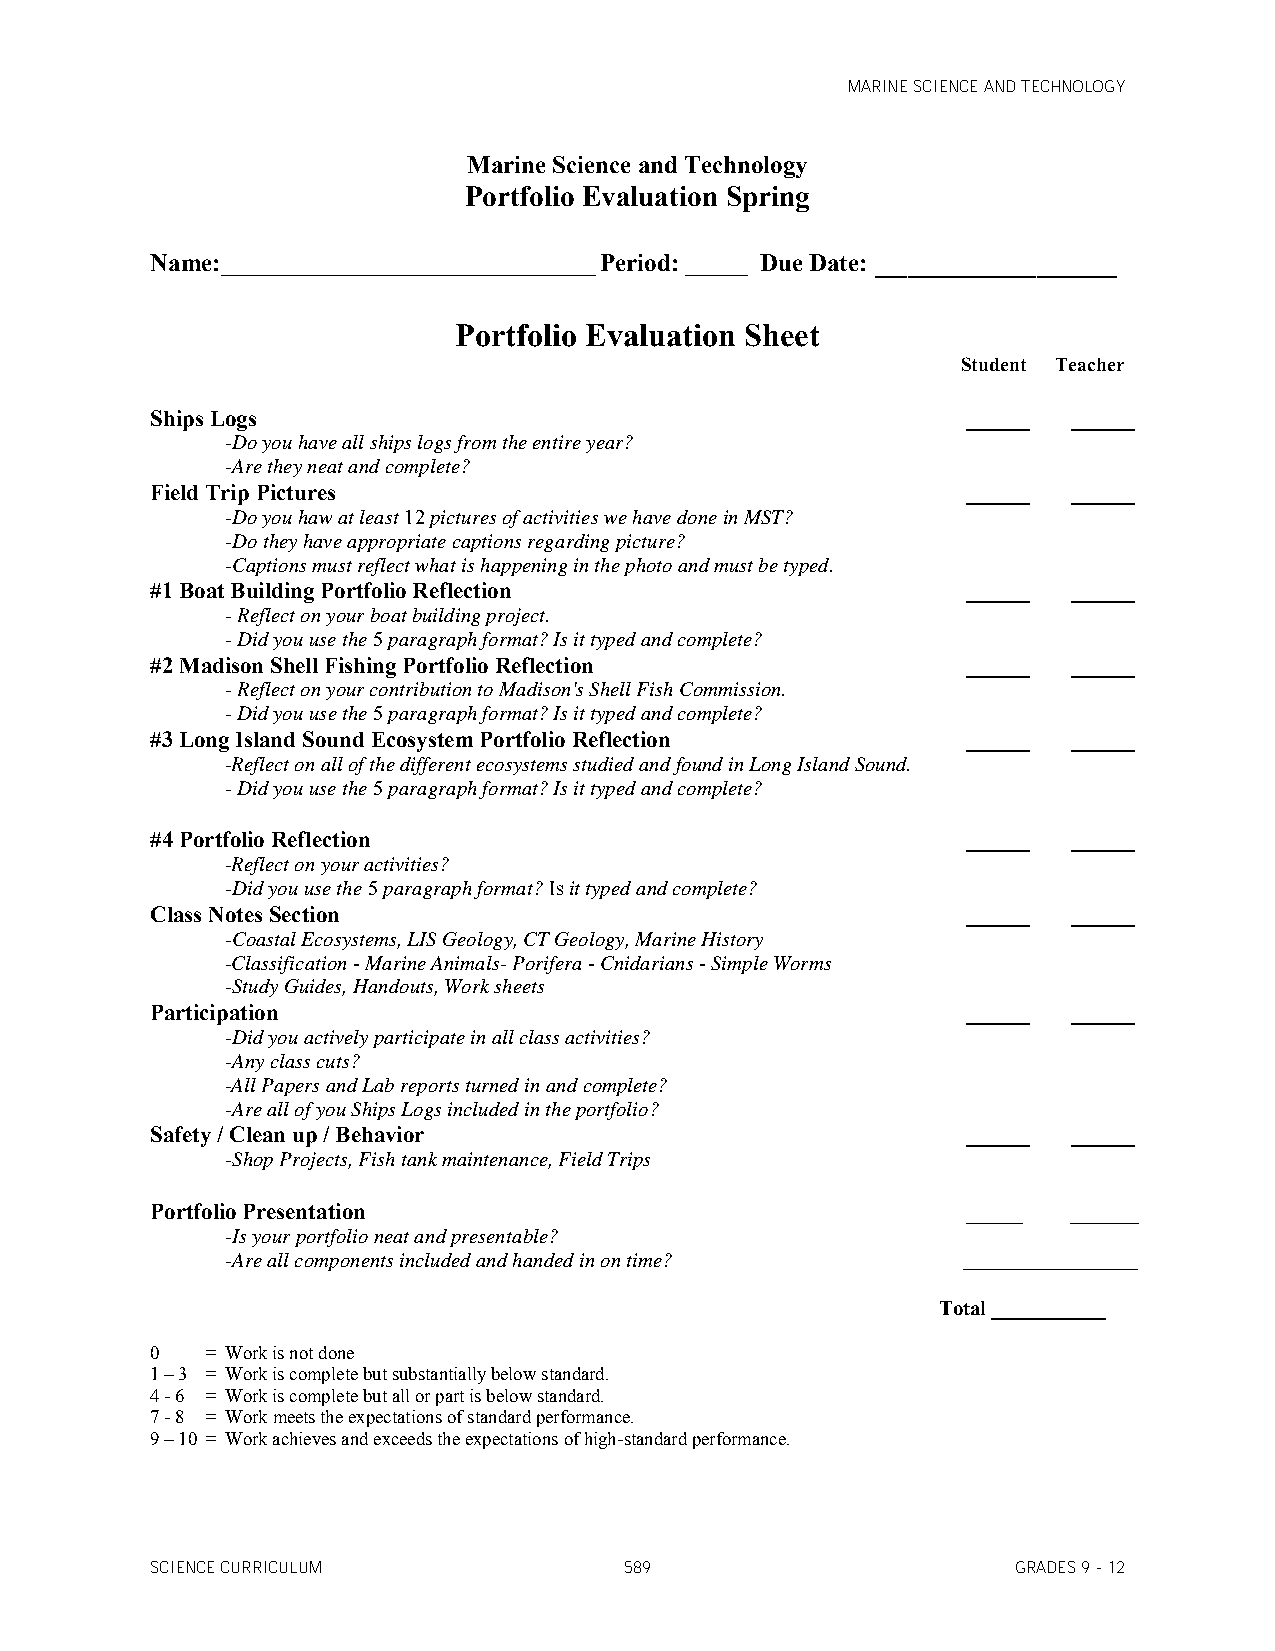
MARINE SCIENCE AND TECHNOLOGY
 Marine Science and Technology
 Portfolio Evaluation Spring
 Name:______________________________ Period: _____ Due Date: _______________
 Portfolio Evaluation Sheet
 Student Teacher
 Ships Logs                                            ______ ______
 -Do you have all ships logs from the entire year?
 -Are they neat and complete?
 Field Trip Pictures                                   ______ ______
 -Do you haw at least 12 pictures of activities we have done in MST?
 -Do they have appropriate captions regarding picture?
 -Captions must reflect what is happening in the photo and must be typed.
 #1 Boat Building Portfolio Reflection                 ______ ______
 - Reflect on your boat building project.
 - Did you use the 5 paragraph format? Is it typed and complete?
 #2 Madison Shell Fishing Portfolio Reflection         ______ ______
 - Reflect on your contribution to Madison's Shell Fish Commission.
 - Did you use the 5 paragraph format? Is it typed and complete?
 #3 Long Island Sound Ecosystem Portfolio Reflection   ______ ______
 -Reflect on all of the different ecosystems studied and found in Long Island Sound.
 - Did you use the 5 paragraph format? Is it typed and complete?
 #4 Portfolio Reflection                               ______ ______
 -Reflect on your activities?
 -Did you use the 5 paragraph format? Is it typed and complete?
 Class Notes Section                                   ______ ______
 -Coastal Ecosystems, LIS Geology, CT Geology, Marine History
 -Classification - Marine Animals- Porifera - Cnidarians - Simple Worms
 -Study Guides, Handouts, Work sheets
 Participation                                         ______ ______
 -Did you actively participate in all class activities?
 -Any class cuts?
 -All Papers and Lab reports turned in and complete?
 -Are all of you Ships Logs included in the portfolio?
 Safety / Clean up / Behavior                          ______ ______
 -Shop Projects, Fish tank maintenance, Field Trips
 Portfolio Presentation                                _____  ______
 -Is your portfolio neat and presentable?
 -Are all components included and handed in on time? ______________
 Total ___________
 0   = Work is not done
 1 – 3 = Work is complete but substantially below standard.
 4 - 6 = Work is complete but all or part is below standard.
 7 - 8 = Work meets the expectations of standard performance.
 9 – 10 = Work achieves and exceeds the expectations of high-standard performance.
 SCIENCE CURRICULUM             589                       GRADES 9 - 12